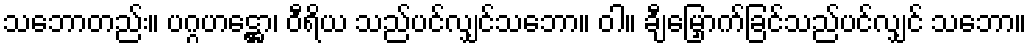
သဘောတည်း။ ပဂ္ဂဟဋ္ဌော၊ ဝီရိယ သည်ပင်လျှင်သဘော။ ဝါ။ ချီမြှောက်ခြင်သည်ပင်လျှင် သဘော။